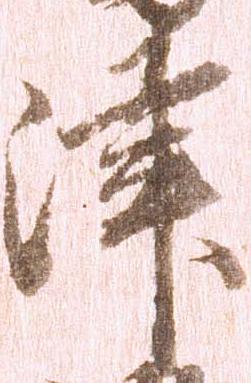
津